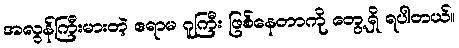
အလွန်ကြီးမားတဲ့ ဧရာမ ဂူကြီး ဖြစ်နေတာကို တွေ့ရှိ ရပါတယ်။